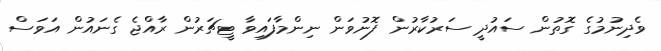
ވެދިނުމުގެ ގޮތުން ސައުދީ ސަރުކާރުން ފޮނުވަން ނިންމާފައިވާ ޓީޗަރުން ރާއްޖެ ގެނައުން އަވަސް